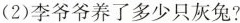
（2）李爷爷养了多少只灰兔？